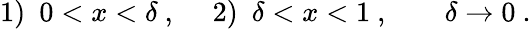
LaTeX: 1)\ \ 0<x<\delta~,\ \ \ \ \ 2)\ \ \delta<x<1~,\; \; \; \; \; \; \; \delta\rightarrow 0~.